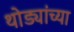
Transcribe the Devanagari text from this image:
थोड्यांच्या